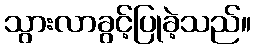
သွားလာခွင့်ပြုခဲ့သည်။